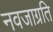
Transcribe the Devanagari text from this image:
नवजाग्रति